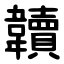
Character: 韥